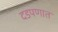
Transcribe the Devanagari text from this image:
दडपणात